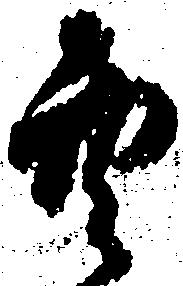
空